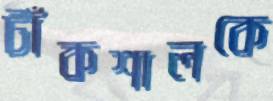
টাঁকশালকে